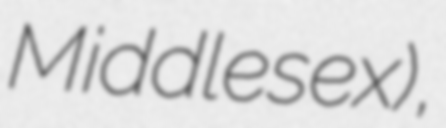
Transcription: Middlesex),